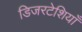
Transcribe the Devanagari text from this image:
डिजरटेशियाँ